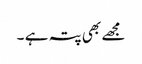
مجھے بھی پتہ ہے ۔